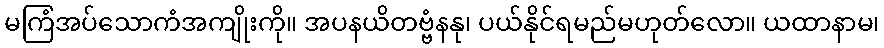
မကြံအပ်သောကံအကျိုးကို။ အပနယိတဗ္ဗံနနု၊ ပယ်နိုင်ရမည်မဟုတ်လော။ ယထာနာမ၊